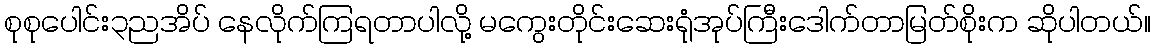
စုစုပေါင်း၃ညအိပ် နေလိုက်ကြရတာပါလို့ မကွေးတိုင်းဆေးရုံအုပ်ကြီးဒေါက်တာမြတ်စိုးက ဆိုပါတယ်။